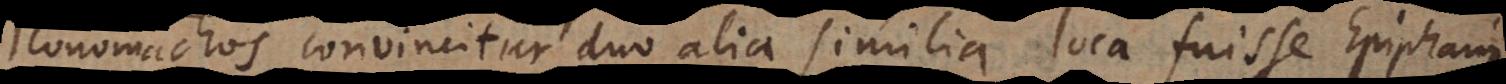
Iconomachos convincitur duo alia similia loca fuisse Epiphanii